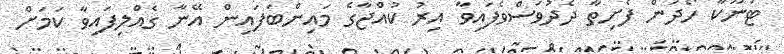
ޓަނޫކާ ހޯދަން ފެށިތާ ދެދުވަސްވެފައިވާ އިރު ކުއްޖާގެ މައިންބަފައިން އޭނާ ގެއްލިފައިވާ ކަމަށް